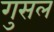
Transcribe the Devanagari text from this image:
गुसल